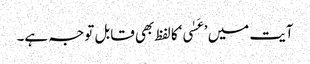
آیت میں ’عَسٰی‘کا لفظ بھی قابل توجہ ہے۔